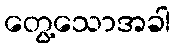
တွေ့သောအခါ